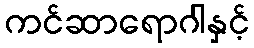
ကင်ဆာရောဂါနှင့်